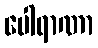
ပေါရာဏာ